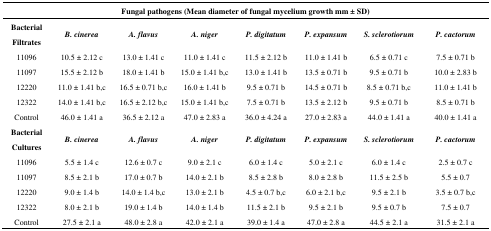
<table><thead><tr><td colspan="8"><b>Fungal pathogens (Mean diameter of fungal mycelium growth mm ± SD)</b></td></tr><tr><td><b>Bacterial Filtrates</b></td><td><b><i>B. cinerea</i></b></td><td><b><i>A. flavus</i></b></td><td><b><i>A. niger</i></b></td><td><b><i>P. digitatum</i></b></td><td><b><i>P. expansum</i></b></td><td><b><i>S. sclerotiorum</i></b></td><td><b><i>P. cactorum</i></b></td></tr></thead><tbody><tr><td>11096</td><td>10.5 ± 2.12 c</td><td>13.0 ± 1.41 c</td><td>11.0 ± 1.41 c</td><td>11.5 ± 2.12 b</td><td>11.0 ± 1.41 b</td><td>6.5 ± 0.71 c</td><td>7.5 ± 0.71 b</td></tr><tr><td>11097</td><td>15.5 ± 2.12 b</td><td>18.0 ± 1.41 b</td><td>15.0 ± 1.41 b,c</td><td>13.0 ± 1.41 b</td><td>13.5 ± 0.71 b</td><td>9.5 ± 0.71 b</td><td>10.0 ± 2.83 b</td></tr><tr><td>12220</td><td>11.0 ± 1.41 b,c</td><td>16.5 ± 0.71 b,c</td><td>16.0 ± 1.41 b</td><td>9.5 ± 0.71 b</td><td>14.5 ± 0.71 b</td><td>8.5 ± 0.71 b,c</td><td>11.0 ± 1.41 b</td></tr><tr><td>12322</td><td>14.0 ± 1.41 b,c</td><td>16.5 ± 2.12 b,c</td><td>15.0 ± 1.41 b,c</td><td>7.5 ± 0.71 b</td><td>13.5 ± 2.12 b</td><td>9.5 ± 0.71 b</td><td>8.5 ± 0.71 b</td></tr><tr><td>Control</td><td>46.0 ± 1.41 a</td><td>36.5 ± 2.12 a</td><td>47.0 ± 2.83 a</td><td>36.0 ± 4.24 a</td><td>27.0 ± 2.83 a</td><td>44.0 ± 1.41 a</td><td>40.0 ± 1.41 a</td></tr><tr><td><b>Bacterial Cultures</b></td><td><b><i>B. cinerea</i></b></td><td><b><i>A. flavus</i></b></td><td><b><i>A. niger</i></b></td><td><b><i>P. digitatum</i></b></td><td><b><i>P. expansum</i></b></td><td><b><i>S. sclerotiorum</i></b></td><td><b><i>P. cactorum</i></b></td></tr><tr><td>11096</td><td>5.5 ± 1.4 c</td><td>12.6 ± 0.7 c</td><td>9.0 ± 2.1 c</td><td>6.0 ± 1.4 c</td><td>5.0 ± 2.1 c</td><td>6.0 ± 1.4 c</td><td>2.5 ± 0.7 c</td></tr><tr><td>11097</td><td>8.5 ± 2.1 b</td><td>17.0 ± 0.7 b</td><td>14.0 ± 2.1 b</td><td>8.5 ± 2.8 b</td><td>8.0 ± 2.8 b</td><td>11.5 ± 2.5 b</td><td>5.5 ± 0.7</td></tr><tr><td>12220</td><td>9.0 ± 1.4 b</td><td>14.0 ± 1.4 b,c</td><td>13.0 ± 2.1 b</td><td>4.5 ± 0.7 b,c</td><td>6.0 ± 2.1 b,c</td><td>9.5 ± 2.1 b</td><td>3.5 ± 0.7 b,c</td></tr><tr><td>12322</td><td>8.0 ± 2.1 b</td><td>19.0 ± 1.4 b</td><td>14.0 ± 1.4 b</td><td>11.5 ± 2.1 b</td><td>9.5 ± 2.1 b</td><td>9.5 ± 0.7 b</td><td>7.5 ± 0.7</td></tr><tr><td>Control</td><td>27.5 ± 2.1 a</td><td>48.0 ± 2.8 a</td><td>42.0 ± 2.1 a</td><td>39.0 ± 1.4 a</td><td>47.0 ± 2.8 a</td><td>44.5 ± 2.1 a</td><td>31.5 ± 2.1 a</td></tr></tbody></table>